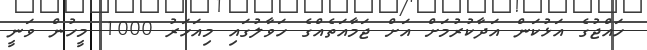
ހައްޖުގެ އަޅުކަން އަދާކުރުމަށް އަށް ޖަމާއަތެއްގެ ހަވާލުގައި މިއަހަރު 1000 މީހުން ވަނީ